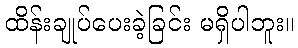
ထိန်းချုပ်ပေးခဲ့ခြင်း မရှိပါဘူး။